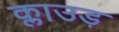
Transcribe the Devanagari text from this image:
क्लाउड़